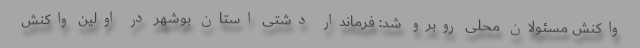
واکنش مسئولان محلی روبرو شد: فرماندار دشتی استان بوشهر در اولین واکنش